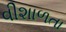
વીશાળતા